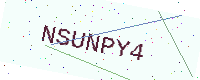
Text: NSUNPY4